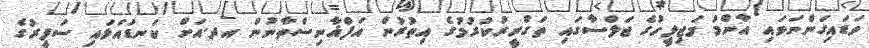
ވަޑައިގަންނަވައި އާންމު މަޖިލީހުގެ ޖަލްސާގައި ތަގްރީރުކުރުމުގެ އިތުރުން އަފްޣާނިސްތާނުން އދ.އަށް ކަނޑައަޅައި ސަފީރުގެ